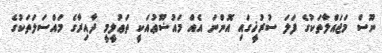
ނޫސް މަޖައްލާތަކުގެ ފަލަ ސުރުޚީގައި އޮންނަ އެއް މައުޟޫޢުއަކީ ތަޢުލީމީ ދާއިރާގެ މައްސަލަތަކުގެ